Investigations on Bengal jail dietaries - Number 37
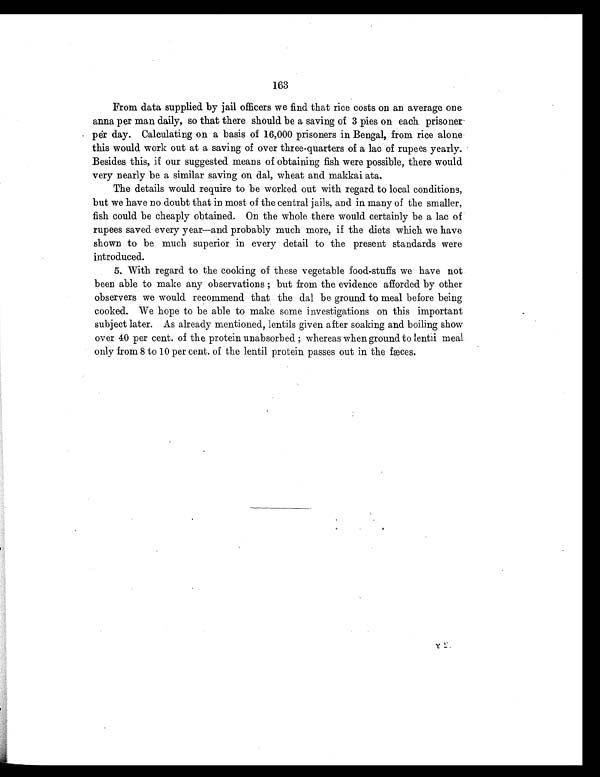
163
From data supplied by jail officers we find that rice costs on an average one
anna per man daily, so that there should be a saving of 3 pies on each prisoner
per day. Calculating on a basis of 16,000 prisoners in Bengal, from rice alone
this would work out at a saving of over three-quarters of a lac of rupees yearly.
Besides this, if our suggested means of obtaining fish were possible, there would
very nearly be a similar saving on dal, wheat and makkai ata.
The details would require to be worked out with regard to local conditions,
but we have no doubt that in most of the central jails, and in many of the smaller,
fish could be cheaply obtained. On the whole there would certainly be a lac of
rupees saved every year—and probably much more, if the diets which we have
shown to be much superior in every detail to the present standards were
introduced.
5. With regard to the cooking of these vegetable food-stuffs we have not
been able to make any observations ; but from the evidence afforded by other
observers we would recommend that the dal be ground to meal before being
cooked. We hope to be able to make some investigations on this important
subject later. As already mentioned, lentils given after soaking and boiling show
over 40 per cent. of the protein unabsorbed ; whereas when ground to lentil meal
only from 8 to 10 per cent. of the lentil protein passes out in the fæes.
Y2 2.